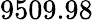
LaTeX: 9509.98